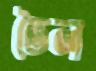
তৈল